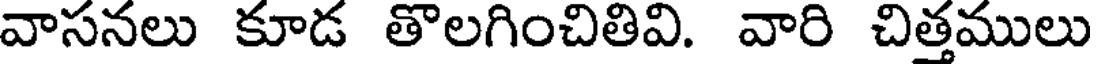
వాసనలు కూడ తొలగించితివి. వారి చిత్తములు